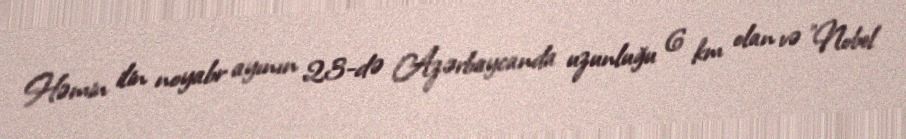
Həmin ilin noyabr ayının 23-də Azərbaycanda uzunluğu 6 km olan və "Nobel